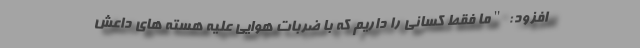
افزود: "ما فقط کسانی را داریم که با ضربات هوایی علیه هسته های داعش